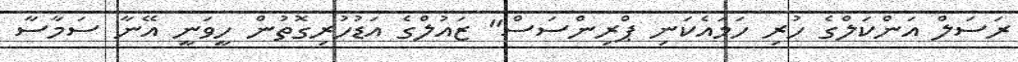
ރަސަލް އަންކަލްގެ ހުރި ހަމައެކަނި ޕްރިންސަސް" ޒައުލްގެ އަޑުހުރިގޮތުން ހީވަނީ އޭނާ ސަމާސާ